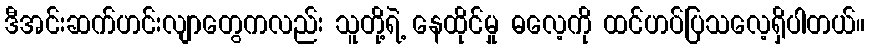
ဒီအင်းဆက်ဟင်းလျာတွေကလည်း သူတို့ရဲ့ နေထိုင်မှု ဓလေ့ကို ထင်ဟပ်ပြသလေ့ရှိပါတယ်။